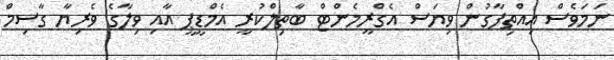
ނަމަވެސް އިއްތިފާގުން ވިޔަސް އެގްރީމެންޓް ބާތިލްކުރީ އެމްޑީޕީ އާއި ވިލާގެ ވެރިޔާ ގާސިމް